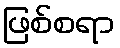
ဖြစ်စရာ